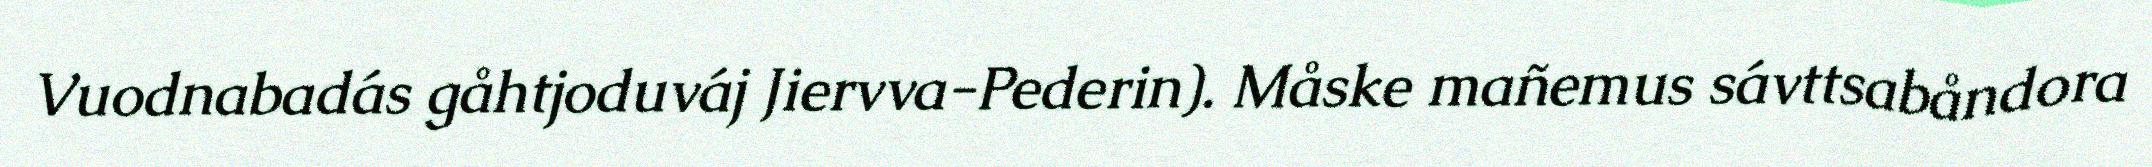
Vuodnabadás gåhtjoduváj Jiervva-Pederin). Måske mañemus sávttsabåndora